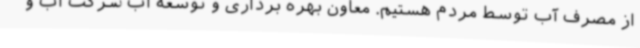
از مصرف آب توسط مردم هستیم. معاون بهره برداری و توسعه آب شرکت آب و